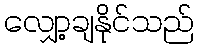
လျှော့ချနိုင်သည်